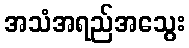
အသံအရည်အသွေး